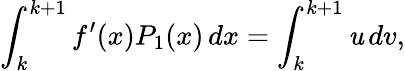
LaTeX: \int_{k}^{k+1}f^{\prime}(x)P_{1}(x)\, dx=\int_{k}^{k+1}\mathit{u}\, dv,